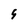
Character: 9